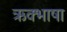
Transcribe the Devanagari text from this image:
ऋक्भाषा